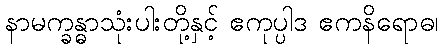
နာမက္ခန္ဓာသုံးပါးတို့နှင့် ဧကုပ္ပါဒ ဧကနိရောဓ၊